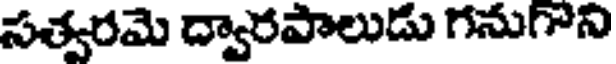
సత్వరమె ద్వారపాలుడు గనుగాని